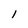
Character: l